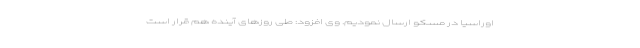
اوراسیا در مسکو ارسال نمودیم. وی افزود: طی روزهای آینده هم قرار است